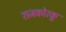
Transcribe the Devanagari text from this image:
राजकोरकू